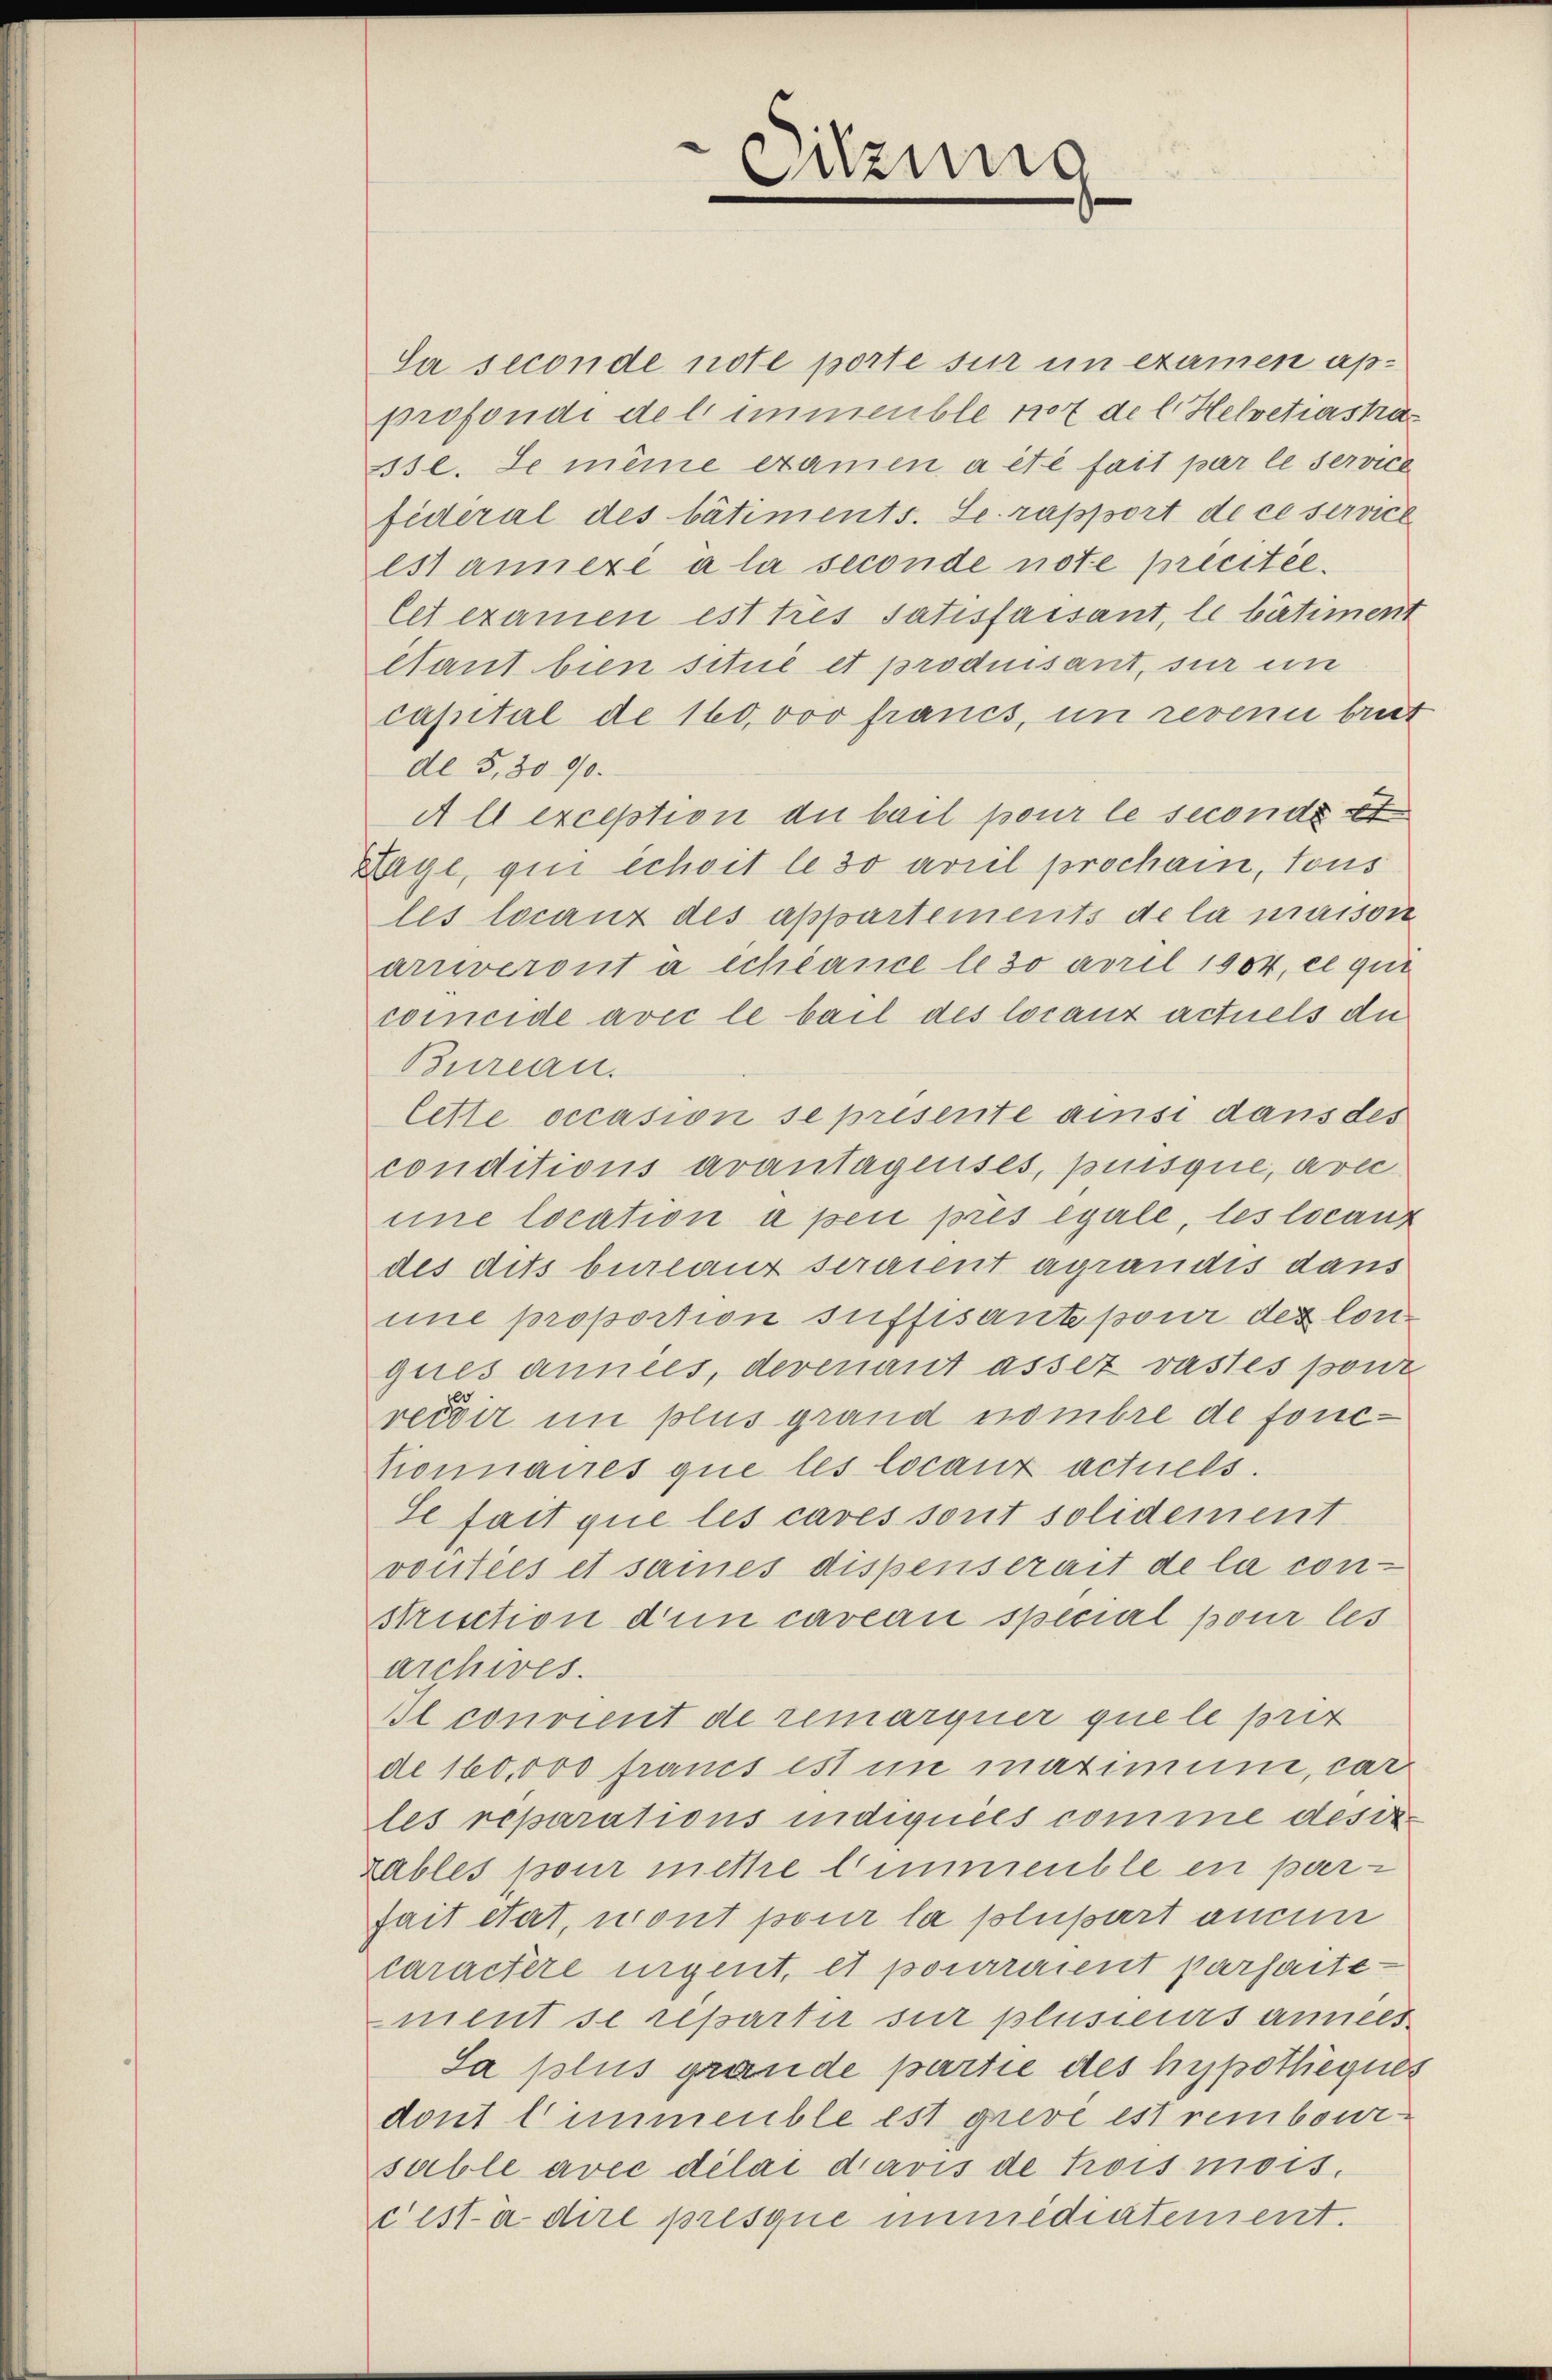
Sa seconde note porte sur in examen approfondi del immeuble not de l. Helvetiastar
3sl. Le même examen a été fait par le service
federal des bâtiments. Le rapport de ce service
est annexé à la seconde note precitée.
let examen est tres Satisfaisant, le bâtiment
ltant bien situé et produisant, sur in
capital de 160,000 francs, in revenu breit
de 5,30 90.
A l exception du bail pour le secondi et
Lage, qui échoit le 30 arril prochain, tous
les locanz des appartements de la maison
arneront a échéance le so april 1904, ce qui
coccide avec le bail des locanz actuels du
Bureau.
lette occasion se presente ainsi dans des
conditions avantagenses, puisque, avec
une location a pen prés egale, les locant
des dits bureaux seraient agrandis dans
mne proportion suffisante pour des lorigues années, derenant assez vastes pont
recdir in plus grand nombre de fonc-
tionnaires que les locanz actuels.
Se fait que les caves sont solidement
voutées et sames dispenserait de la con-
struction den caveau special pour les
archives.
Il convient de remarquer quele prit
de 160,000 francs ist im maximum, car
les reparations indiquées comme desir
zables pour mettre l’immeuble en par-
fait état, mont pour la plupart anden
caractere eigent, et pourraient parfaite-
ment se repartir sur plusieurs années
Sa plus grande partie des hypotheques
dont l’immeuble est grevé est remboursuble avec délai davis de trois mois.
c’est à dire presque immediatement.

Sitzung
e
¬